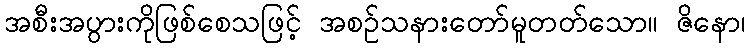
အစီးအပွားကိုဖြစ်စေသဖြင့် အစဉ်သနားတော်မူတတ်သော။ ဇိနော၊